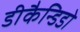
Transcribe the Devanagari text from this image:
डीकैन्डिडो